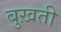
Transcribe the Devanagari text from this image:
बुख़ती